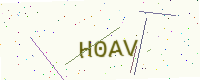
Text: H0AV